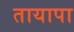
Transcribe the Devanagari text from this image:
तायापा